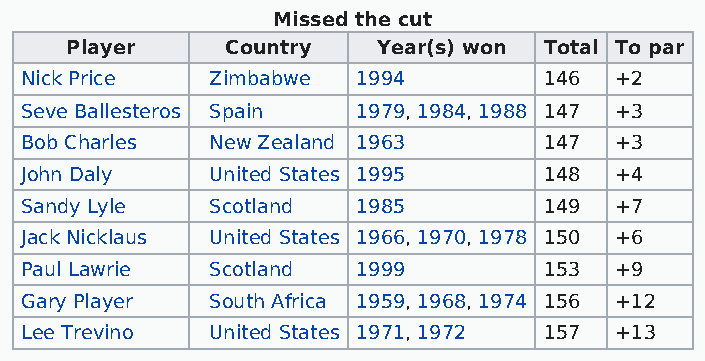
Missed the cut
 Player     Country   Year(s) won Total To par
 Nick Price   Zimbabwe  1994        146  +2
 Seve Ballesteros Spain 1979, 1984, 1988 147 +3
 Bob Charles  New Zealand 1963      147  +3
 John Daly    United States 1995    148  +4
 Sandy Lyle   Scotland  1985        149  +7
 Jack Nicklaus United States 1966, 1970, 1978 150 +6
 Paul Lawrie  Scotland  1999        153  +9
 Gary Player  South Africa 1959, 1968, 1974 156 +12
 Lee Trevino  United States 1971, 1972 157 +13